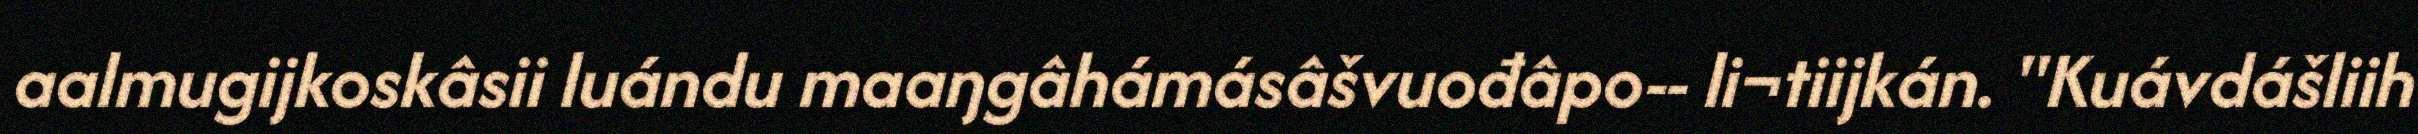
aalmugijkoskâsii luándu maaŋgâhámásâšvuođâpo-‐ li¬tiijkán. "Kuávdášliih